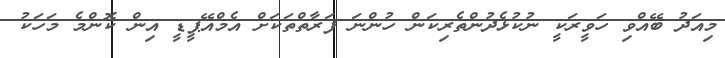
މިއަދު ބޭއްވި ހަވީރަކީ ނުކުޅެދުންތެރިކަން ހުންނަ ފަރާތްތަކަށް އެމްއޭޕީޑީ އިން ކޮންމެ މަހަކު